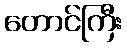
တောင်ကြီး